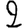
Digit: 2